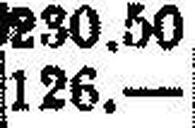
126.—